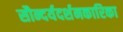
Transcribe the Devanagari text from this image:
सौन्दर्यदर्शनकारिका